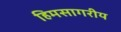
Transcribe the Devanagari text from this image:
हिमसागरीय